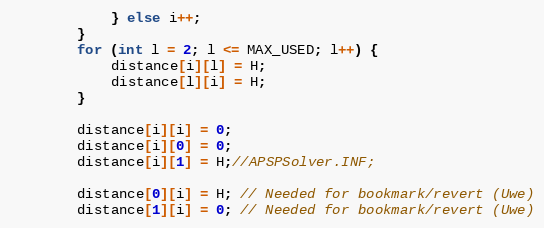
Language: Java
			} else i++;
		}
		for (int l = 2; l <= MAX_USED; l++) {
			distance[i][l] = H;
			distance[l][i] = H;
		}

		distance[i][i] = 0;
		distance[i][0] = 0;
		distance[i][1] = H;//APSPSolver.INF;

		distance[0][i] = H; // Needed for bookmark/revert (Uwe)
		distance[1][i] = 0; // Needed for bookmark/revert (Uwe)